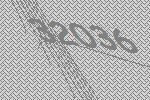
32036